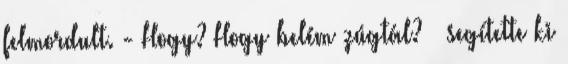
felmordult. - Hogy? Hogy belém zúgtál? – segítette ki